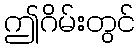
ဤဂိမ်းတွင်